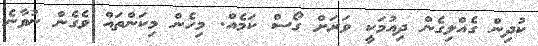
ކުދިން ގެއްލިގެން ދިއުމަކީ ވަރަށް ގޯސް ކަމެއް. މިހެން މިކަންތައް ވެގެން ނުވާނެ